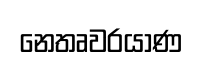
නෙතෘවරයාණ